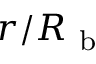
r / R _ { \mathrm { ~ b ~ } }